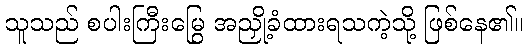
သူသည် စပါးကြီးမြွေ အညှို့ခံထားရသကဲ့သို့ ဖြစ်နေ၏။